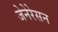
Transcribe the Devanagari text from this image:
जेनेरेसन